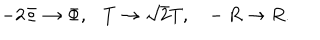
- 2 \Phi \rightarrow \Phi , T \rightarrow \sqrt 2 T , - R \rightarrow R .